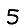
Digit: 5